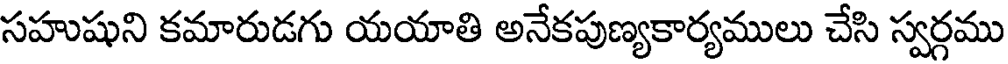
సహుషుని కమారుడగు యయాతి అనేకపుణ్యకార్యములు చేసి స్వర్గము